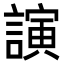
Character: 𮘵